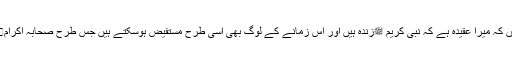
علامہ فرماتے ہیں کہ میرا عقیدہ ہے کہ نبی کریم ﷺزندہ ہیں اور اِس زمانے کے لوگ بھی اْسی طرح مستفیض ہوسکتے ہیں جس طرح صحابہ اکرامہوا کرتے تھے۔